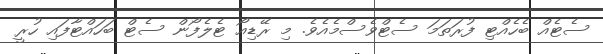
ސެޓެއް ބެހެއްޓި ފުރަތަމަ ސެޓްވެސްމެއެވެ. މި ރޭޑިއޯ ޓެލެފޯން ސެޓް ބަހައްޓާފައި ހުރީ